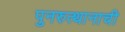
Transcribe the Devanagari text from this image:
पुनरुत्थानाची